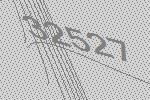
32527